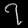
Digit: ၇